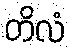
တိလံ